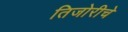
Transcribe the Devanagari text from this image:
तिजोरीचे